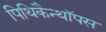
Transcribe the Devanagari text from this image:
पिथिकैन्थॉपस